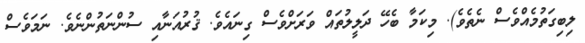
ލިބިގަތުމެއްވެސް ނެތެވެ). މިކަމާ ބެހޭ ދަލީލުތައް ވަރަށްވެސް ގިނައެވެ. ޤުރުއަނާއި ސުންނަތުންނެވެ. ނަމަވެސް